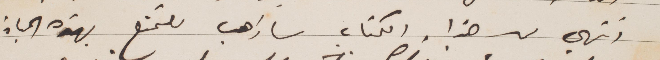
انتهيت من هذا الكتاب ساذهب للتمتع بهذه الحياة